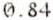
0.84